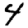
Digit: 4